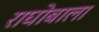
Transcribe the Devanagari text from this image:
राघोबाला